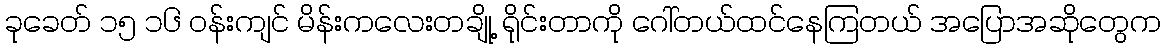
ခုခေတ် ၁၅ ၁၆ ဝန်းကျင် မိန်းကလေးတချို့ ရိုင်းတာကို ဂေါ်တယ်ထင်နေကြတယ် အပြောအဆိုတွေက